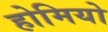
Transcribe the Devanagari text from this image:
होमियो